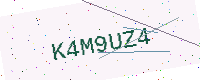
Text: K4M9UZ4